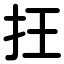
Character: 抂